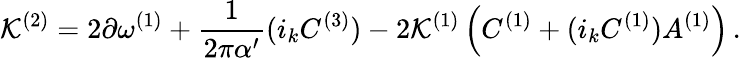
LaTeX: {\cal K}^{(2)}=2\partial\omega^{(1)}+{\frac{1}{2\pi\alpha^{\prime}}}(i_{k}C^{(3)})-2{\cal K}^{(1)}\left(C^{(1)}+(i_{k}C^{(1)})A^{(1)}\right)\, .